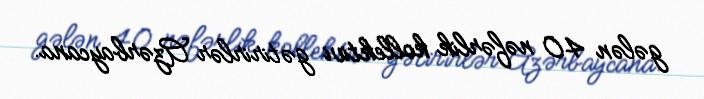
gələn 40 nəfərlik kollektivi gətirirlər Azərbaycana.